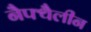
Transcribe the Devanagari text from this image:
नैफ्थैलीन